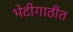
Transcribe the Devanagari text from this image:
भेटीगाठीत